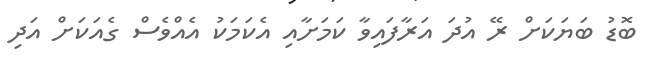
ބޮޑު ބަޔަކަށް ރޭ އުދަ އަރާފައިވާ ކަމަށާއި އެކަމަކު އެއްވެސް ގެއަކަށް އަދި